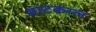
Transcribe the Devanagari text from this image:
भाटकाल